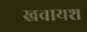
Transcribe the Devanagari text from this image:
खवायश